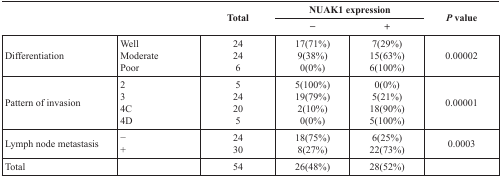
<table><thead><tr><td rowspan="2"></td><td rowspan="2"></td><td rowspan="2"><b>Total</b></td><td colspan="2"><b>NUAK1 expression</b></td><td rowspan="2"><b><i>P</i> value</b></td></tr><tr><td><b>−</b></td><td><b>+</b></td></tr></thead><tbody><tr><td>Differentiation</td><td>WellModeratePoor</td><td>24246</td><td>17(71%)9(38%)0(0%)</td><td>7(29%)15(63%)6(100%)</td><td>0.00002</td></tr><tr><td>Pattern of invasion</td><td>234C4D</td><td>524205</td><td>5(100%)19(79%)2(10%)0(0%)</td><td>0(0%)5(21%)18(90%)5(100%)</td><td>0.00001</td></tr><tr><td>Lymph node metastasis</td><td>−+</td><td>2430</td><td>18(75%)8(27%)</td><td>6(25%)22(73%)</td><td>0.0003</td></tr><tr><td>Total</td><td></td><td>54</td><td>26(48%)</td><td>28(52%)</td><td></td></tr></tbody></table>